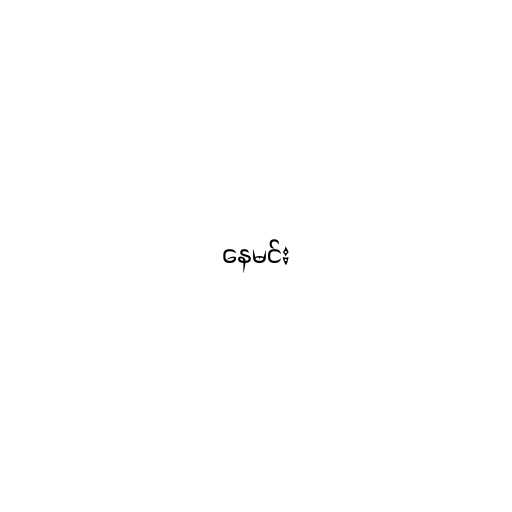
နေမင်း